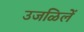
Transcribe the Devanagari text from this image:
उजळिलें